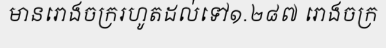
មានរោងចក្ររហូតដល់ទៅ១.២៨៧ រោងចក្រ